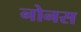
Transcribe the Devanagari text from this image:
नोनस